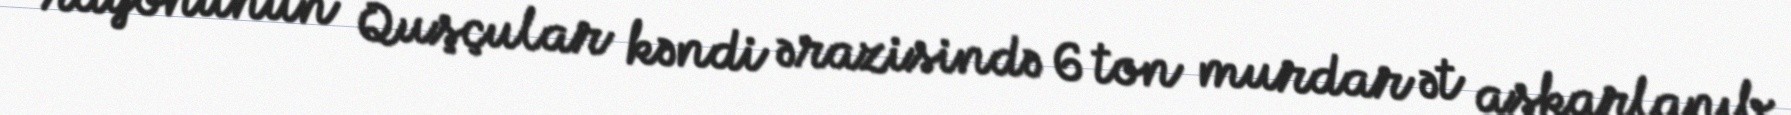
rayonunun Quşçular kəndi ərazisində 6 ton murdar ət aşkarlanıb.